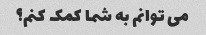
می توانم به شما کمک کنم؟